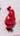
في